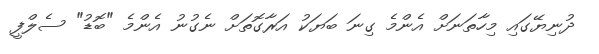
ދުނިޔޭގައި މިހާތަނަށް އެންމެ ގިނަ ބަޔަކު އަރާގޮތަށް ނެގުނު އެންމެ "ބޮޑު" ސެލްފީ